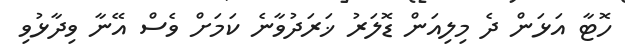
ހޮޓާ އަޅަން ދެ މިލިއަން ޑޮލަރު ޚަރަދުވާނެ ކަމަށް ވެސް އޭނާ ވިދާޅުވި